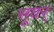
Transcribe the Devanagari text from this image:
सूयर्